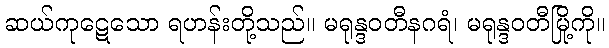
ဆယ်ကုဋေသော ရဟန်းတို့သည်။ မရုန္ဒဝတီနဂရံ၊ မရုန္ဒဝတီမြို့ကို။